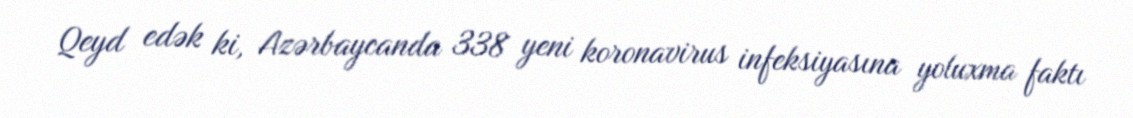
Qeyd edək ki, Azərbaycanda 338 yeni koronavirus infeksiyasına yoluxma faktı